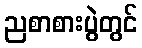
ညစာစားပွဲတွင်